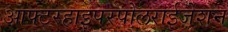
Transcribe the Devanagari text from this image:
आफ्टरहाइपरपोलराईजेशन